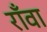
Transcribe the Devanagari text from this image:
राँवा